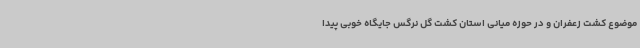
موضوع کشت زعفران و در حوزه میانی استان کشت گل نرگس جایگاه خوبی پیدا